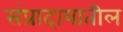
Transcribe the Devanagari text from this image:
संप्रादायातील